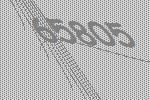
65805